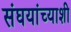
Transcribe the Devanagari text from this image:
संघयांच्याशी